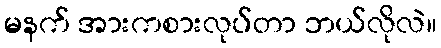
မနက် အားကစားလုပ်တာ ဘယ်လိုလဲ။